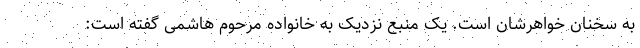
به سخنان خواهرشان است. یک منبع نزدیک به خانواده مرحوم هاشمی گفته است: